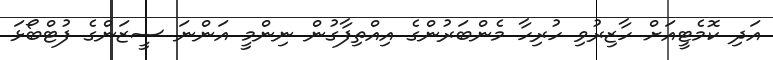
އަދި ކޮމެޓީއަށް ހާޒިރުވި ހުރިހާ މެންބަރުންގެ އިއްތިފާގުން ނިންމީ އަންނަ ސީޒަންގެ ފުޓްބޯޅަ